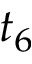
t _ { 6 }